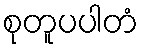
စုတူပပါတံ